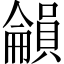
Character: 𡃋